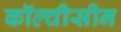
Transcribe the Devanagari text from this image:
कॉल्चीसीन